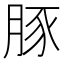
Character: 豚